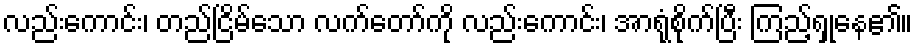
လည်းကောင်း၊ တည်ငြိမ်သော လက်တော်ကို လည်းကောင်း၊ အာရုံစိုက်ပြီး ကြည့်ရှုနေ၏။